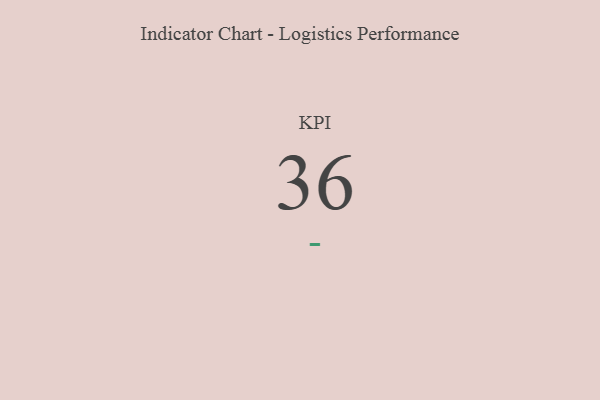
{"axis": {"x": "KPI", "y": "Value"}, "legend": [""], "data": [{"x": "KPI", "y": 36, "type": ""}]}